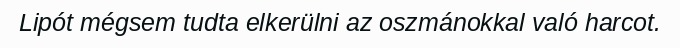
Lipót mégsem tudta elkerülni az oszmánokkal való harcot.